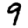
Digit: 9